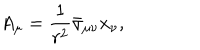
LaTeX: A _ { \mu } = \frac { 1 } { r ^ { 2 } } \bar { \sigma } _ { \mu \nu } x _ { \nu } ,